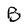
Character: B